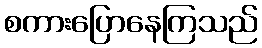
စကားပြောနေကြသည်